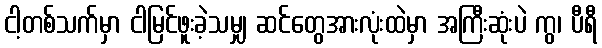
ငါ့တစ်သက်မှာ ငါမြင်ဖူးခဲ့သမျှ ဆင်တွေအားလုံးထဲမှာ အကြီးဆုံးပဲ ကွ၊ ပီရီ